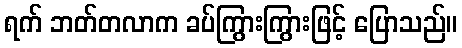
ရက် ဘတ်တလာက ခပ်ကြွားကြွားဖြင့် ပြောသည်။